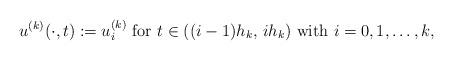
LaTeX: \begin{align*} u^{(k)}(\cdot,t):=u^{(k)}_i\mbox{ for }t\in ((i-1)h_k,\,ih_k)\mbox{ with }i=0,1,\ldots,k, \end{align*}